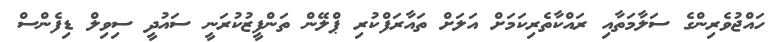
ހައްޖުވެރިންގެ ސަލާމަތާއި ރައްކާތެރިކަމަށް އަލަށް ތައާރަފްކުރި ޕްލޭން ތަންފީޒުކުރަނީ ސައުދީ ސިވިލް ޑިފެންސް